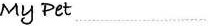
My Pet …………